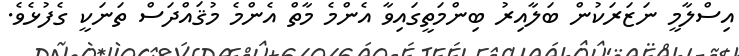
އިސްލާމީ ނަޒަރަކުން ބަލާއިރު ބިންމަތީގައިވާ އެންމެ މާތް އެންމެ މުޤައްދަސް ތަނަކީ ގެފުޅެވެ.